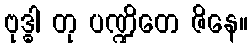
ဗုဒ္ဓါ တု ပဏ္ဍိတေ ဇိနေ။